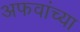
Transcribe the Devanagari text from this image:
अफवांच्या